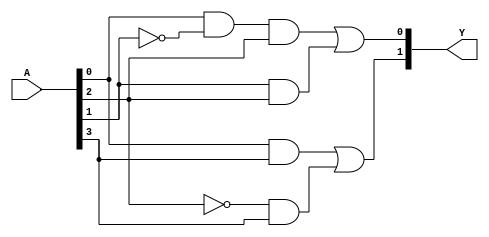
module PAL (
    input wire [n-1:0] A,  // n inputs
    output wire [m-1:0] Y  // m outputs
);

// Parameters
parameter n = 4; // Number of inputs
parameter m = 2; // Number of outputs
parameter p = 4; // Number of AND gates

// Programmable AND gates
wire [p-1:0] and_out; // Outputs of AND gates

// Example programming of AND gates (can be modified)
assign and_out[0] = A[0] & ~A[1] & A[2]; // Example product term 1
assign and_out[1] = A[1] & A[2];         // Example product term 2
assign and_out[2] = A[0] & A[3];         // Example product term 3
assign and_out[3] = ~A[2] & A[3];        // Example product term 4

// Fixed OR gates
assign Y[0] = and_out[0] | and_out[1]; // Output Y1
assign Y[1] = and_out[2] | and_out[3]; // Output Y2

endmodule